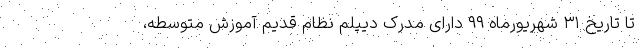
تا تاریخ ۳۱ شهریورماه ۹۹ دارای مدرک دیپلم نظام‌ قدیم آموزش متوسطه،